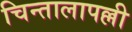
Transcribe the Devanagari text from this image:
चिन्तालापल्ली